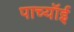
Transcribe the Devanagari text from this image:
पाच्यॉई